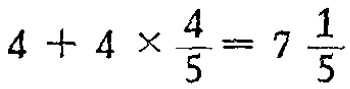
\(4 + 4\times\frac{4}{5}=7\frac{1}{5}\)